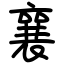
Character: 襄